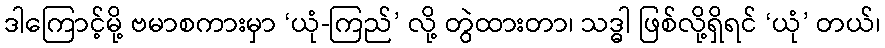
ဒါကြောင့်မို့ ဗမာစကားမှာ ‘ယုံ-ကြည်’ လို့ တွဲထားတာ၊ သဒ္ဓါ ဖြစ်လို့ရှိရင် ‘ယုံ’ တယ်၊